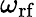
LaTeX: \omega_{\mathrm{rf}}